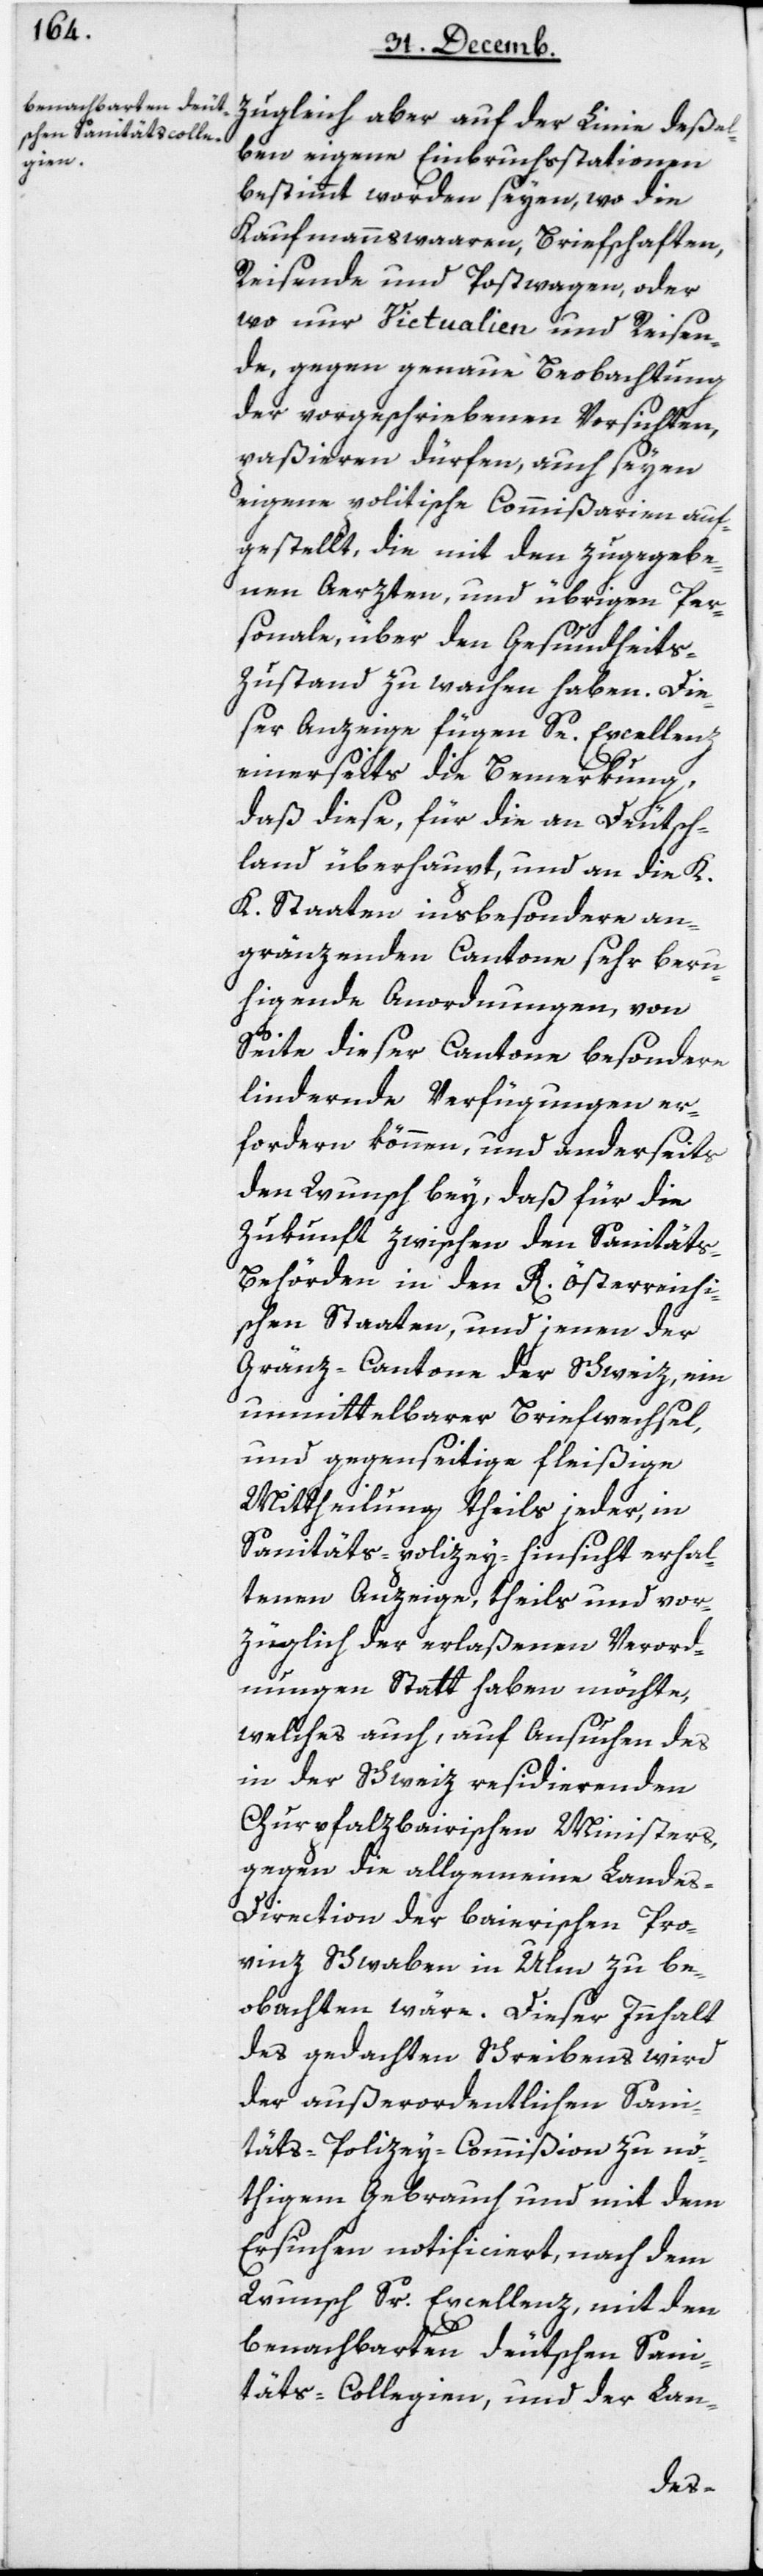
zugleich aber auf der Linie deßel¬
ben eigene Einbruchsstationen
bestimmt worden seyen, wo die
Kaufmannswaaren, Briefschaften,
Reisende und Postwagen, oder
wo nur Victualien und Reisen¬
de, gegen genaue Beobachtung
der vorgeschriebenen Vorsichten,
paßieren dürfen, auch seyen
eigene politische Kommißarien auf¬
gestellt, die mit den zugegebe¬
nen Aerzten und übrigen Per¬
sonale, über den Gesundheits¬
zustand zu wachen haben. Die¬
ser Anzeige fügen Se Excellenz
einerseits die Bemerkung,
daß diese, für die an Deutsch¬
land überhaupt, und an die K
.K. Staaten insbesondere an¬
gränzenden Cantone sehr beru¬
higende Anordnungen, von
Seite dieser Cantone besondere
lindernde Verfügungen er¬
fordern können, und anderseits
den Wunsch bey, daß für die
Zukunft zwischen den Sanitäts¬
behörden in den K. Österreichi¬
schen Staaten, und jenen der
Gränz-Cantone der Schweiz, ein
unmittelbarer Briefwechsel,
und gegenseitige fleißige
Mittheilung, theils jeder, in
Sanitäts-Polizey-Hinsicht erhal¬
tenen Anzeige, theils und vor¬
züglich der erlaßenen Verord¬
nungen statthaben möchte,
welches auch, auf Ansuchen des
in der Schweiz residierenden
Churpfalzbairischen Ministers,
gegen die allgemeine Landes-D¬
irection der baierischen Pro¬
vinz Schwaben in Ulm zu be¬
obachten wäre. Dieser Innhalt
des gedachten Schreibens wird
der außerordentlichen Sani¬
täts-Polizey-Commißion zu nö¬
thigem Gebrauch und mit dem
Ersuchen notificiert, nach dem
Wunsch Sr Excellenz, mit den
benachbarten deutschen Sani¬
täts-Collegien, und der Lan-